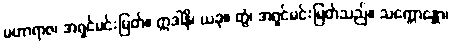
မဟာရာဇ၊ အရှင်မင်းမြတ်။ ဣဒါနိ၊ ယခု။ တွံ၊ အရှင်မင်းမြတ်သည်။ သက္ကောန္တော၊